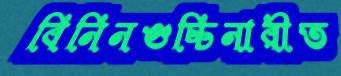
বিনিনগুচ্চিনারীত